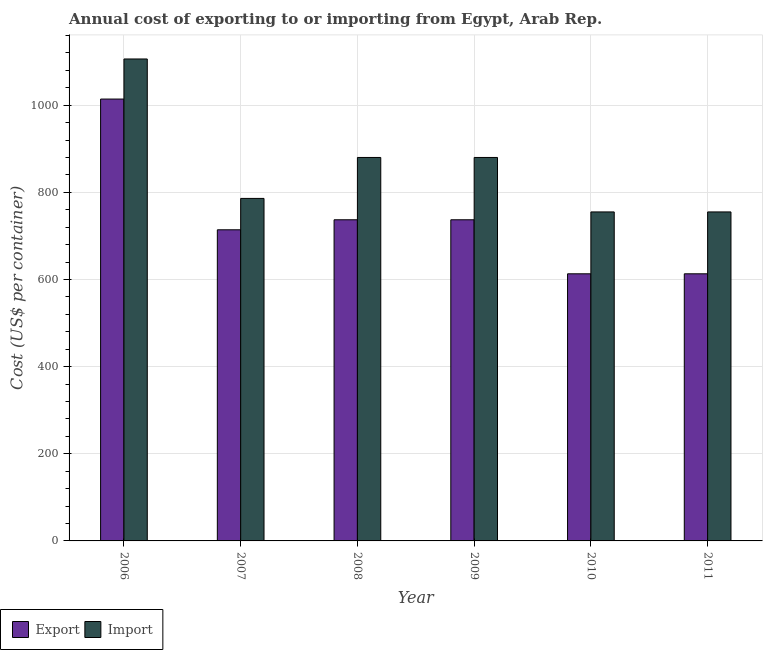
| Year | Export | Import |
 | --- | --- | --- |
 | 2006 | 1.01e+03 | 1.11e+03 |
 | 2007 | 714 | 786 |
 | 2008 | 737 | 880 |
 | 2009 | 737 | 880 |
 | 2010 | 613 | 755 |
 | 2011 | 613 | 755 |